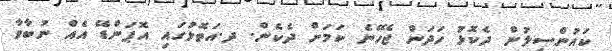
ކައުންސިލުން ދެކޮޅު ހަދަން ޖެހޭނެ ކަމަށް ދެކެން. ދ.އަތޮޅުގައި އޮޕަންޑޭ އެއް ނުބާވާ